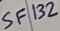
Text: SF132